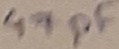
Text: 47µF